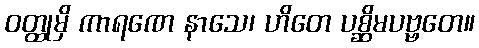
ဝတ္ထုမှိ ကာရဏေ နာသေ၊ ဟိတေ ပစ္ဆိမပဗ္ဗတေ။